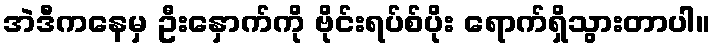
အဲဒီကနေမှ ဦးနှောက်ကို ဗိုင်းရပ်စ်ပိုး ရောက်ရှိသွားတာပါ။